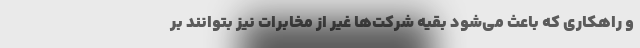
و راهکاری که باعث می‌شود بقیه شرکت‌ها غیر از مخابرات نیز بتوانند بر